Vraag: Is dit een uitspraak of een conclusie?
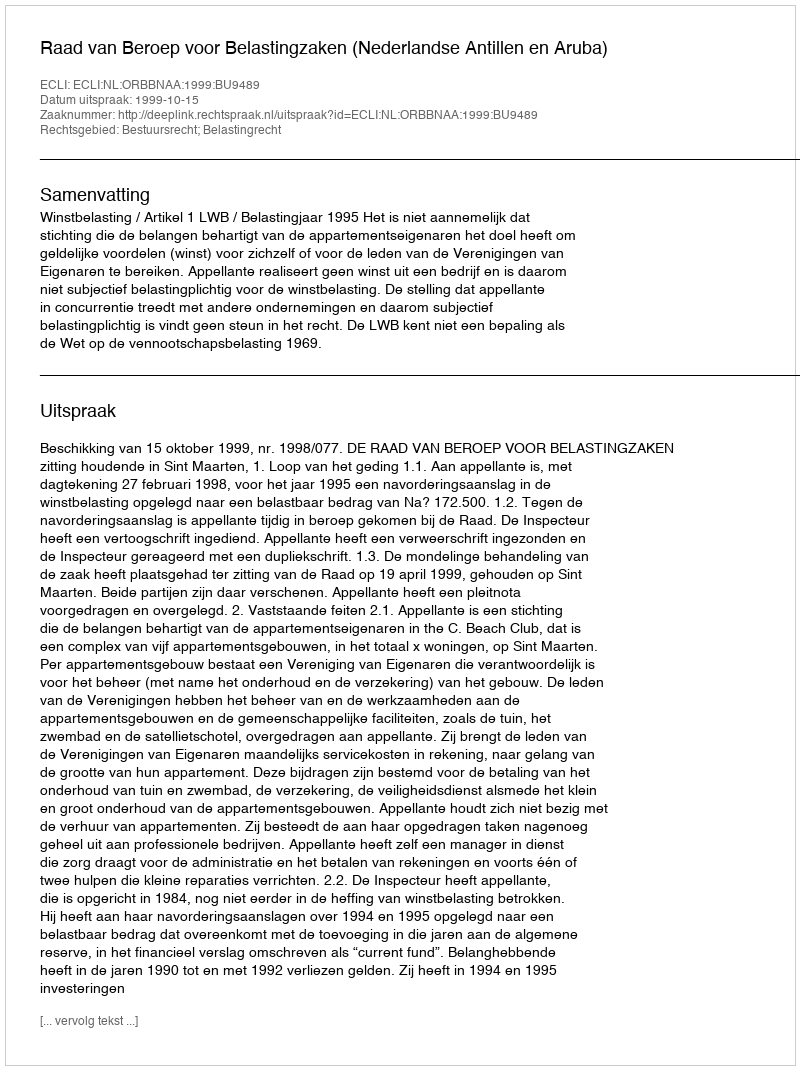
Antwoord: Uitspraak